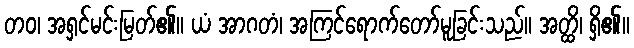
တဝ၊ အရှင်မင်းမြတ်၏။ ယံ အာဂတံ၊ အကြင်ရောက်တော်မူခြင်းသည်။ အတ္ထိ၊ ရှိ၏။